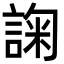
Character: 諊